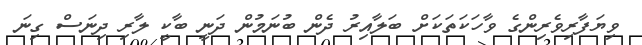
ވިޔަފާރިވެރިންގެ ވާހަކަތަކަށް ބަލާއިރު ދެން ބުނަމުން ދަނީ ބާކީ ލާރި ދިނަސް ގިނަ